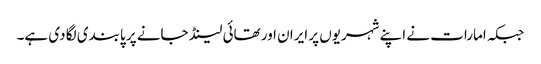
جبکہ امارات نے اپنے شہریوں پر ایران اور تھائی لینڈ جانے پر پابندی لگا دی ہے۔